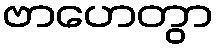
ဗာဟေတွာ